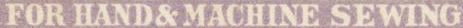
FOR HAND&MACHINE SEWING